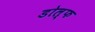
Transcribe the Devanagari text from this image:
डोल्फ